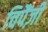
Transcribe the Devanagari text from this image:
चिपैंज़ी